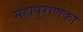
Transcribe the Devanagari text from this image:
महापुराणका